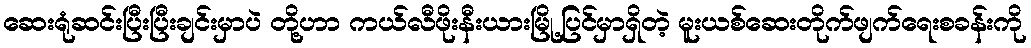
ဆေးရုံဆင်းပြီးပြီးချင်းမှာပဲ တို့ဟာ ကယ်လီဖိုးနီးယားမြို့ပြင်မှာရှိတဲ့ မူးယစ်ဆေးတိုက်ဖျက်ရေးစခန်းကို